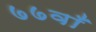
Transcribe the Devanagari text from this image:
७७वाँ